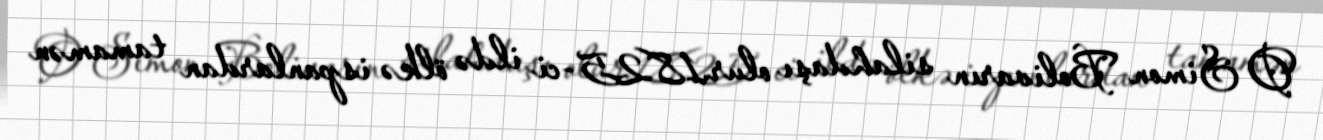
O Simon Bolivarın silahdaşı olur.1825-ci ildə ölkə ispanlardan tamamən